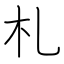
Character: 札